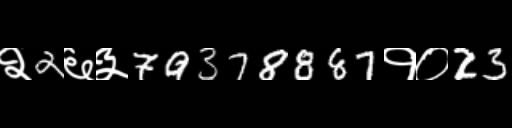
Text: २2६३79378887१०23